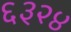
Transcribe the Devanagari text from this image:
६३२४